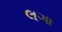
લગા